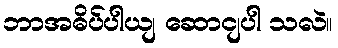
ဘာအဓိပ်ပါယျ ဆောငျပါ သလဲ။